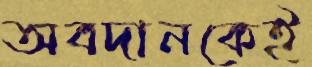
অবদানকেই